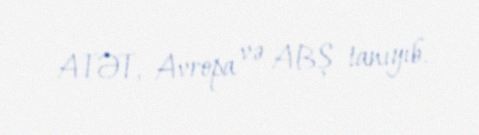
ATƏT, Avropa və ABŞ tanıyıb.